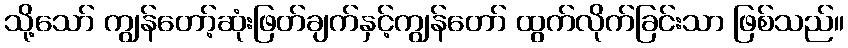
သို့သော် ကျွန်တော့်ဆုံးဖြတ်ချက်နှင့်ကျွန်တော် ထွက်လိုက်ခြင်းသာ ဖြစ်သည်။